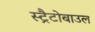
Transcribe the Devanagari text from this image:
स्ट्रैटोबाउल